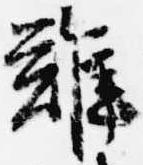
難